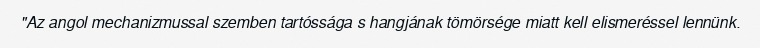
"Az angol mechanizmussal szemben tartóssága s hangjának tömörsége miatt kell elismeréssel lennünk.